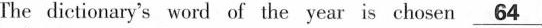
(show)anintentional push towards language of urgency. The dictionary's word of the year is chosen \underline{64 }